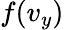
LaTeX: f(v_{y})